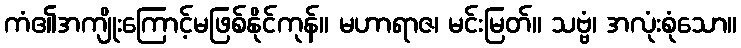
ကံ၏အကျိုးကြောင့်မဖြစ်နိုင်ကုန်။ မဟာရာဇ၊ မင်းမြတ်။ သဗ္ဗံ၊ အလုံးစုံသော။